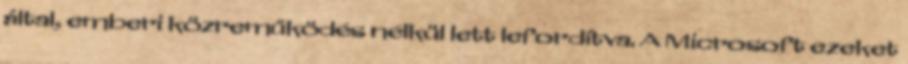
által, emberi közreműködés nélkül lett lefordítva. A Microsoft ezeket